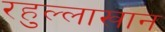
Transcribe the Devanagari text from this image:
रहुल्लाखान